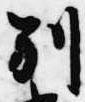
別